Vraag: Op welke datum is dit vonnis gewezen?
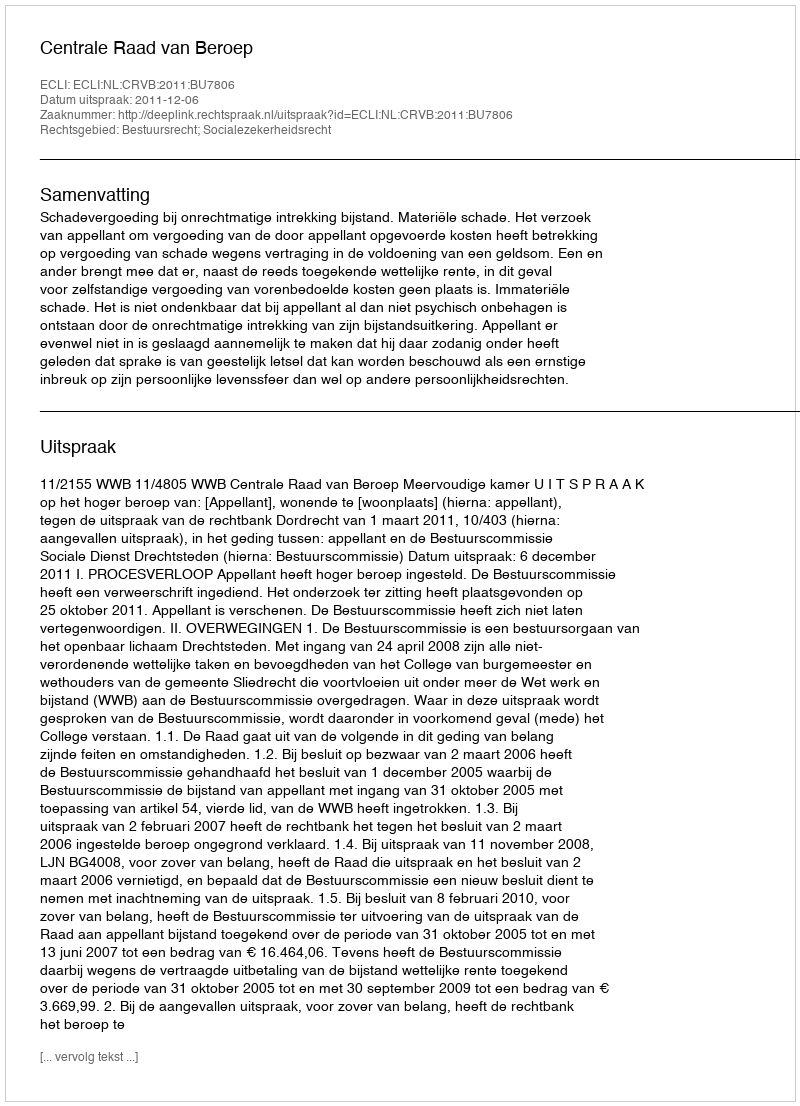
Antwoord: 2011-12-06